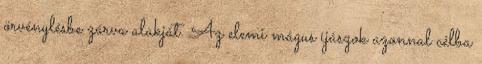
örvénylésbe zárva alakját. Az elemi mágus íjászok azonnal célba